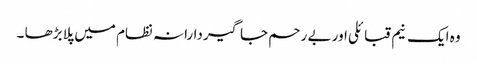
وہ ایک نیم قبائلی اور بے رحم جاگیردارانہ نظام میں پلا بڑھا ۔